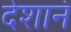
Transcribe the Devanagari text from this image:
देशानं